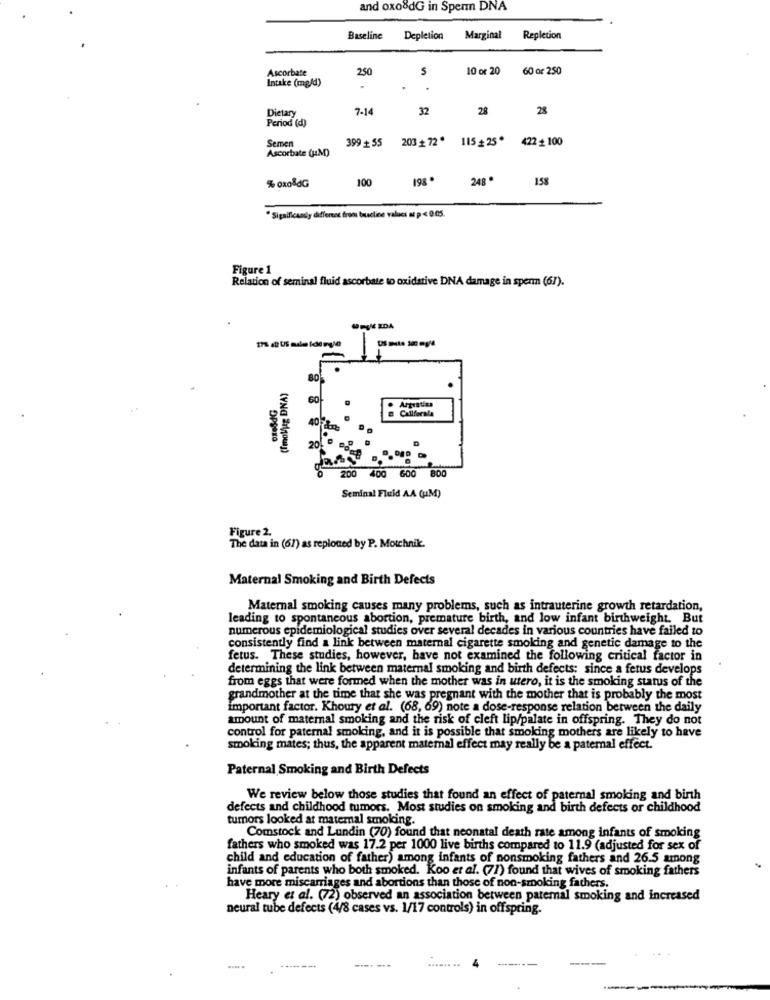
and oxo8dG in Sperm DNA
Baseline
Depletion
Marginal
Repletion
Ascorbate
250
S
10 or 20
60 or 250
Intake (mg/d)
Dietary
7-14
32
28
28
Period (d)
Semen
399 + 55
20372* 115+ 25* 422-100
Ascorbate (M)
100
198 .
248.
158
% oxoBdG
· Significaasy different from buscline values az p < 0.05.
Figure 1
Relation of seminal fluid ascorbate to oxidative DNA damage in sperm (67).
(Imol/jag DNA)
GO
Callforsla
200
400
600
Seminal Fluid AA (UM)
Figure 2.
The data in (61) as reploned by P. Motchnik.
Maternal Smoking and Birth Defects
Maternal smoking causes many problems, such as intrauterine growth retardation,
leading to spontaneous abortion, premature birth, and low infant birthweight. But
numerous epidemiological studies over several decades in various countries have failed to
consistently find a link between maternal cigarette smoking and genetic damage to the
fetus. These studies, however, have not examined the following critical factor in
determining the link between maternal smoking and birth defects: since a fetus develops
from eggs that were formed when the mother was in utero, it is the smoking status of the
grandmother at the time that she was pregnant with the mother that is probably the most
important factor. Khoury et al. (68, 69) note a dose-response relation between the daily
amount of maternal smoking and the risk of cleft lip/palate in offspring. They do not
control for paternal smoking, and it is possible that smoking mothers are likely to have
smoking mates; thus, the apparent maternal effect may really be a paternal effect.
Paternal Smoking and Birth Defects
We review below those studies that found an effect of paternal smoking and birth
defects and childhood tumors. Most studies on smoking and birth defects or childhood
tumors looked at maternal smoking.
Comstock and Lundin (70) found that neonatal death rate among infants of smoking
fathers who smoked was 17.2 per 1000 live births compared to 11.9 (adjusted for sex of
child and education of father) among infants of nonsmoking fathers and 26.5 among
infants of parents who both smoked. Koo et al. (71) found that wives of smoking fathers
have more miscarriages and abortions than those of non-smoking fathers.
Heary et al. (72) observed an association between paternal smoking and increased
neural tube defects (4/8 cases vs. 1/17 controls) in offspring.
... --.